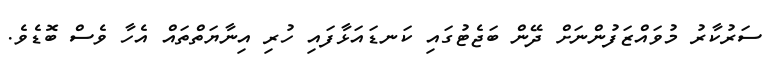
ސަރުކާރު މުވައްޒަފުންނަށް ދޭން ބަޖެޓުގައި ކަނޑައަޅާފައި ހުރި އިނާޔަތްތައް އެހާ ވެސް ބޮޑެވެ.